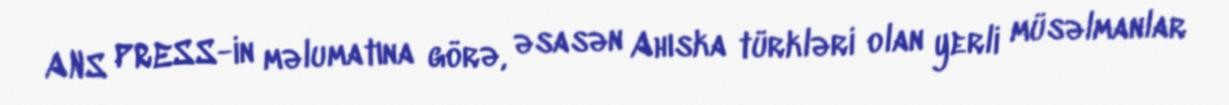
ANS PRESS-in məlumatına görə, əsasən Ahıska türkləri olan yerli müsəlmanlar